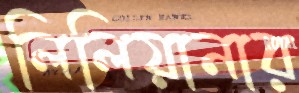
লিলিয়ানার